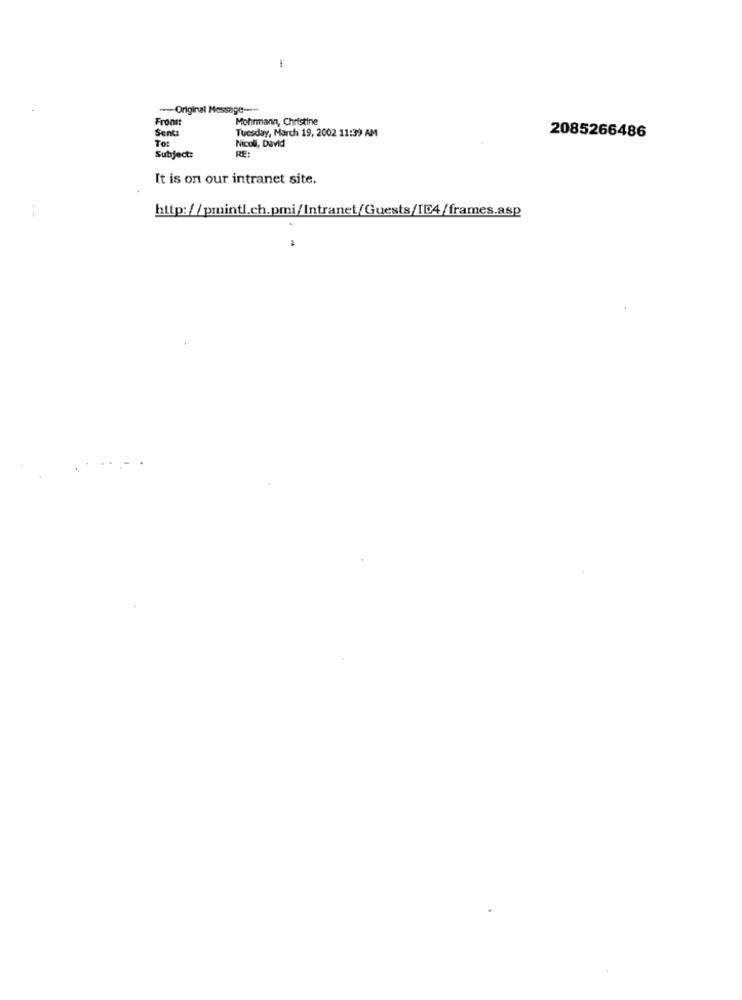
-
-- Original Message ----
Front:
Mohrmann, Christine
Sent:
Tuesday, March 19, 2002 11:39 AM
To:
Nicoll, David
2085266486
RE:
Subject:
It is on our intranet site.
http://pmintl.ch.pmi/Intranet/Guests/IE4/frames.asp